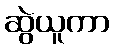
ဆွဲယူကာ